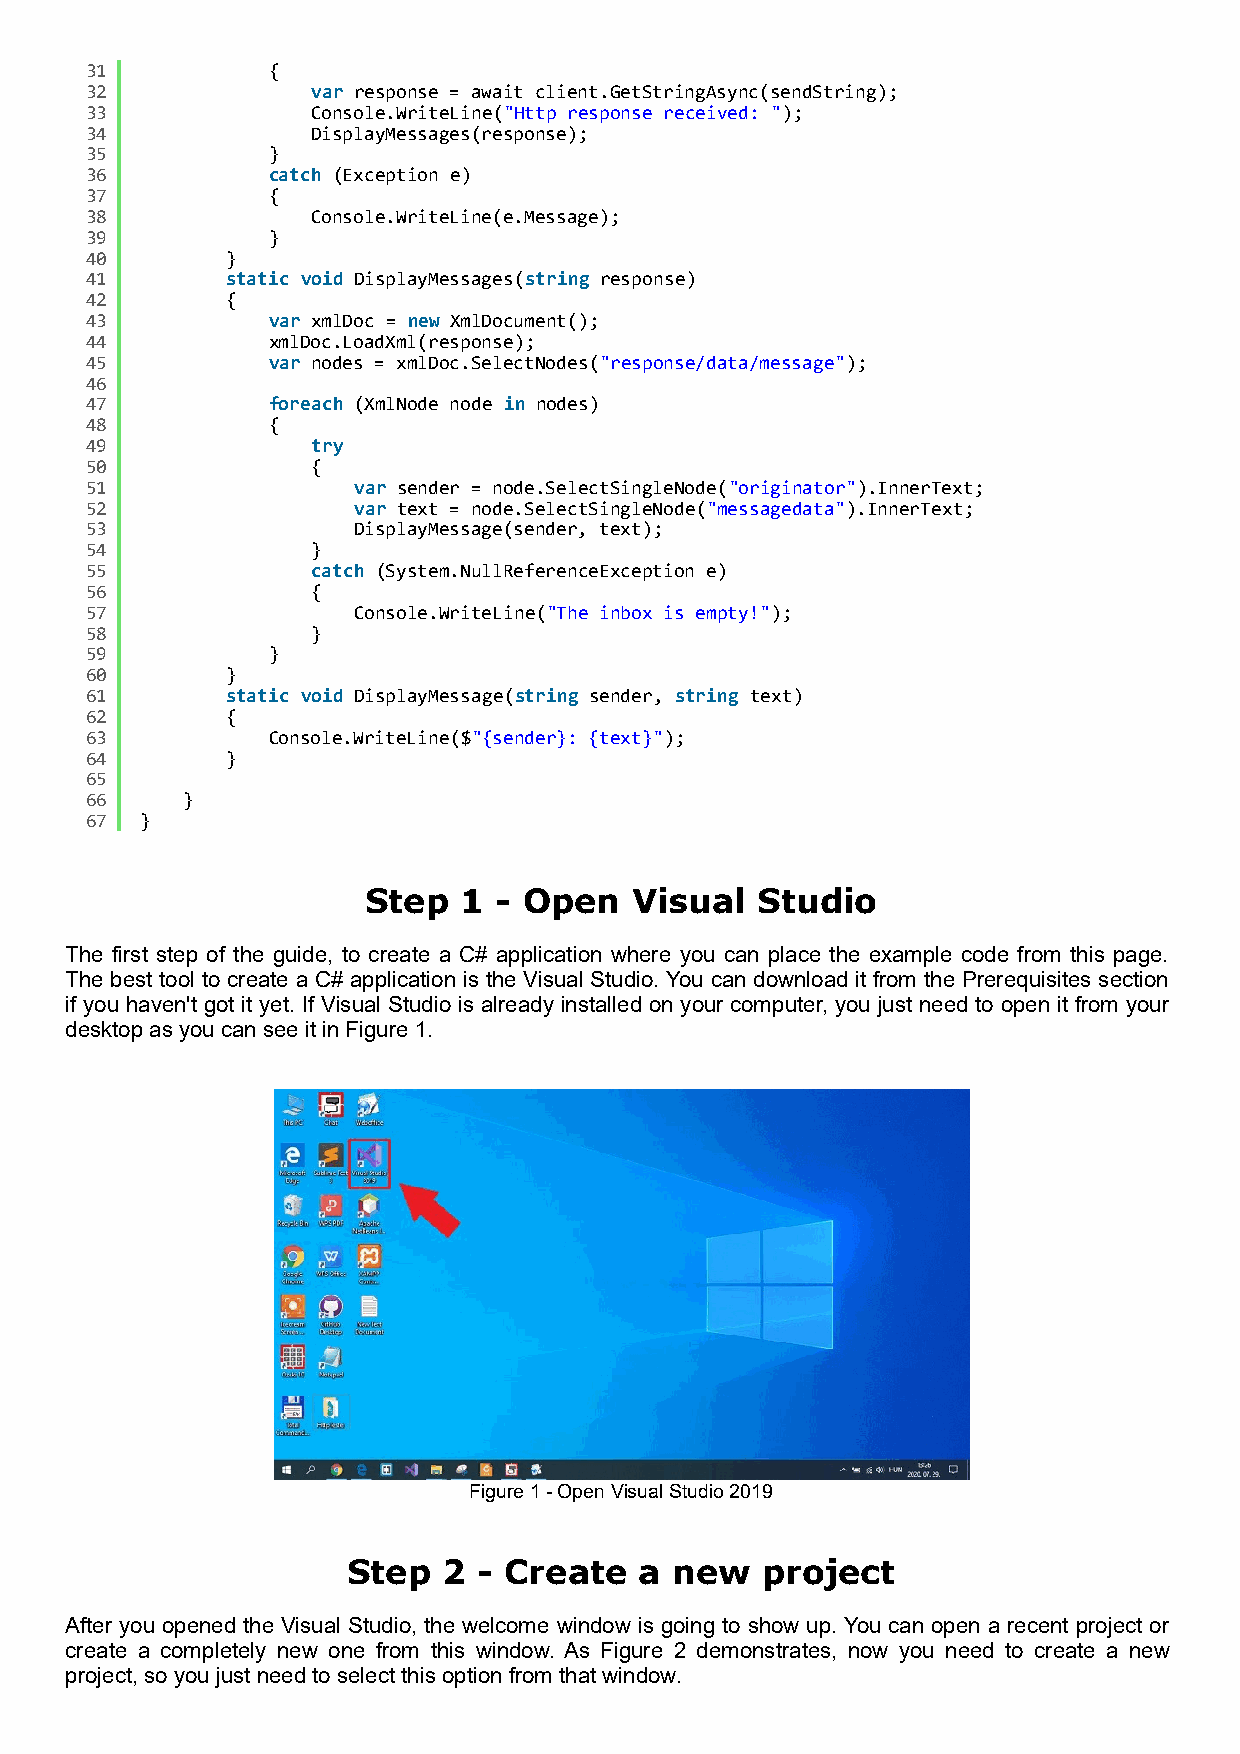
31          {
 32             var response = await client.GetStringAsync(sendString);
 33             Console.WriteLine("Http response received: ");
 34             DisplayMessages(response);
 35          }
 36          catch (Exception e)
 37          {
 38             Console.WriteLine(e.Message);
 39          }
 40       }
 41       static void DisplayMessages(string response)
 42       {
 43          var xmlDoc = new XmlDocument();
 44          xmlDoc.LoadXml(response);
 45          var nodes = xmlDoc.SelectNodes("response/data/message");
 46
 47          foreach (XmlNode node in nodes)
 48          {
 49             try
 50             {
 51               var sender = node.SelectSingleNode("originator").InnerText;
 52               var text = node.SelectSingleNode("messagedata").InnerText;
 53               DisplayMessage(sender, text);
 54             }
 55             catch (System.NullReferenceException e)
 56             {
 57               Console.WriteLine("The inbox is empty!");
 58             }
 59          }
 60       }
 61       static void DisplayMessage(string sender, string text)
 62       {
 63          Console.WriteLine($"{sender}: {text}");
 64       }
 65
 66    }
 67 }
 Step  1  - Open   Visual  Studio
 The first step of the guide, to create a C# application where you can place the example code from this page.
 The best tool to create a C# application is the Visual Studio. You can download it from the Prerequisites section
 if you haven't got it yet. If Visual Studio is already installed on your computer, you just need to open it from your
 desktop as you can see it in Figure 1.
 Figure 1 - Open Visual Studio 2019
 Step  2  - Create  a new   project
 After you opened the Visual Studio, the welcome window is going to show up. You can open a recent project or
 create a completely new one from this window. As Figure 2 demonstrates, now you need to create a new
 project, so you just need to select this option from that window.